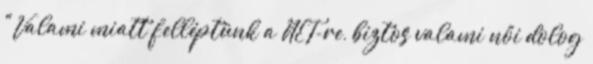
"Valami miatt felléptünk a NET-re, biztos valami női dolog